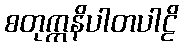
စတုက္ကနိပါတပါဠိ